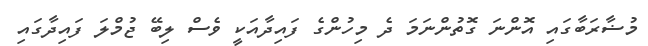
މުޟާރަބާގައި އޮންނަ ގޮތުންނަމަ ދެ މިހުންގެ ފައިދާއަކީ ވެސް ލިބޭ ޖުމްލަ ފައިދާގައި